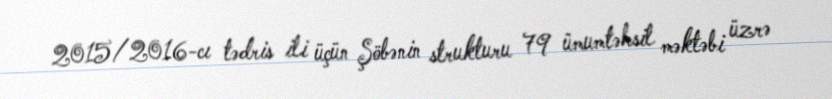
2015/2016-cı tədris ili üçün Şöbənin strukturu 79 ümumtəhsil məktəbi üzrə